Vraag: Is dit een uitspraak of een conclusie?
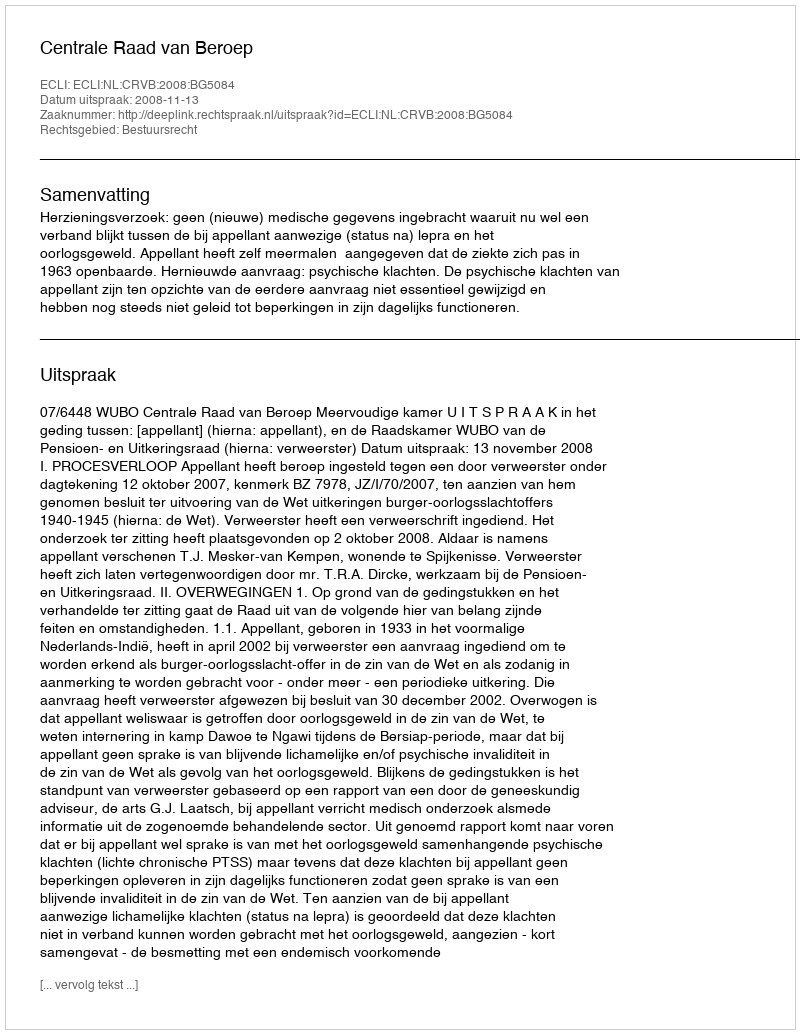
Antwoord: Uitspraak